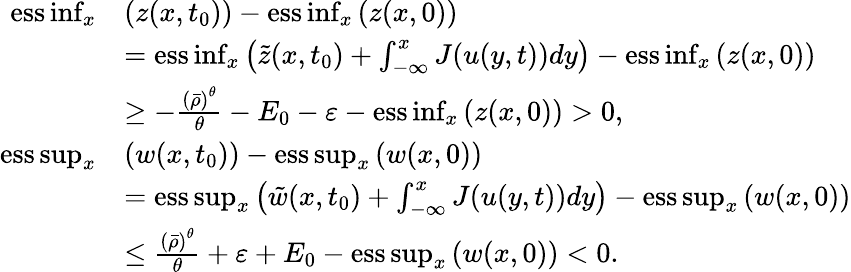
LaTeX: \begin{array}{rl}{\mathrm{ess}\operatorname*{inf}_{x}}&{\left(z(x,t_{0})\right)-\mathrm{ess}\operatorname*{inf}_{x}\left(z(x,0)\right)}\\ &{=\mathrm{ess}\operatorname*{inf}_{x}\left(\tilde{z}(x,t_{0})+\int_{-\infty}^{x}J(u(y,t))dy\right)-\mathrm{ess}\operatorname*{inf}_{x}\left(z(x,0)\right)}\\ &{\geq-\frac{\left(\bar{\rho}\right)^{\theta}}{\theta}-E_{0}-\varepsilon-\mathrm{ess}\operatorname*{inf}_{x}\left(z(x,0)\right)>0,}\\ {\mathrm{ess}\operatorname*{sup}_{x}}&{\left(w(x,t_{0})\right)-\mathrm{ess}\operatorname*{sup}_{x}\left(w(x,0)\right)}\\ &{=\mathrm{ess}\operatorname*{sup}_{x}\left(\tilde{w}(x,t_{0})+\int_{-\infty}^{x}J(u(y,t))dy\right)-\mathrm{ess}\operatorname*{sup}_{x}\left(w(x,0)\right)}\\ &{\leq\frac{\left(\bar{\rho}\right)^{\theta}}{\theta}+\varepsilon+E_{0}-\mathrm{ess}\operatorname*{sup}_{x}\left(w(x,0)\right)<0.}\end{array}